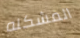
المشكله